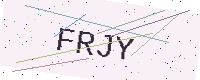
Text: FRJY